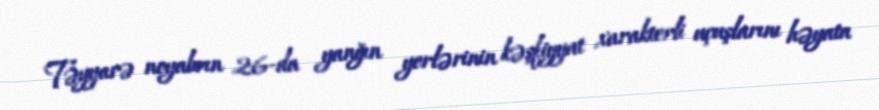
Təyyarə noyabrın 26-da yanğın yerlərinin kəşfiyyat xarakterli uçuşlarını həyata